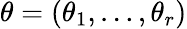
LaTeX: \theta=(\theta_{1},\ldots,\theta_{r})